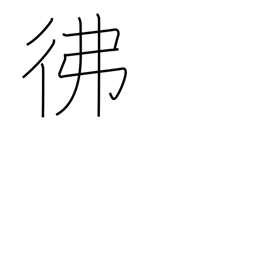
Meaning: dimly